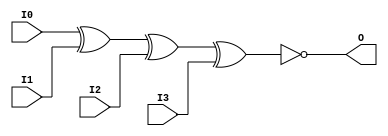
// $Header: /devl/xcs/repo/env/Databases/CAEInterfaces/verunilibs/s/XNOR4.v,v 1.8.22.1 2003/11/18 20:41:40 wloo Exp $

/*

FUNCTION	: 4-INPUT XNOR GATE

*/

`timescale  100 ps / 10 ps


module XNOR4 (O, I0, I1, I2, I3);

    output O;

    input  I0, I1, I2, I3;

	xnor X1 (O, I0, I1, I2, I3);

    specify
	(I0 *> O) = (0, 0);
	(I1 *> O) = (0, 0);
	(I2 *> O) = (0, 0);
	(I3 *> O) = (0, 0);
    endspecify

endmodule